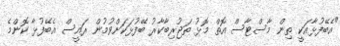
"އެބޭފުޅާއަކީ ތިން މާސްޓާސް އޮތް މޮޅު ތަޖުރިބާކާރު ބޭފުޅަކަށްވުމުން ރައީސް އެބޭފުޅާ ކޮންމެ